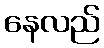
နေလည်